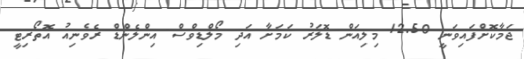
ޖަމާކޮށްފައިވަނީ 12.50 މިލިއަން ޑޮލަރު ކަމަށާ އަދި މޯލްޑިވްސް އިންލެންޑް ރެވެނިއު އޮތޯރިޓީ